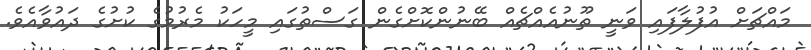
މައްޗަށް އުފުލާފައި ވަނީ ތޫނުއެއްޗެއް ބޭނުންކޮށްގެން ގަސްތުގައި މީހަކު މެރުމުގެ ކުށުގެ ދައުވާއެވެ.